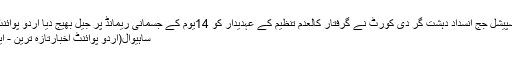
ساہیوال، سپیشل جج انسداد دہشت گر دی کورٹ نے گرفتار کالعدم تنظیم کے عہدیدار کو 14یوم کے جسمانی ریمانڈ پر جیل بھیج دیا اُردو پوائنٹ پاکستان
ساہیوال(اُردو پوائنٹ اخبارتازہ ترین - این این آئی۔